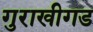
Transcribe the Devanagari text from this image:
गुराखीगड